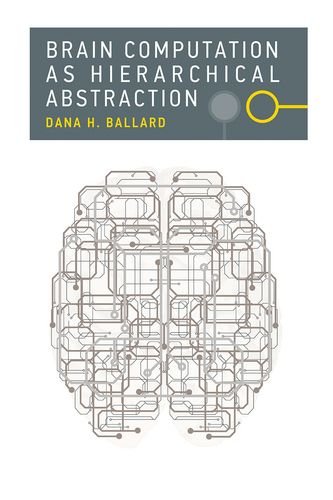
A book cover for Brain Computation as Hierarchical Abstraction; Dana H. Ballard; Computers & Technology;